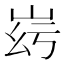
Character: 𡶹